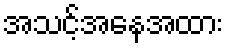
အသင့်အနေအထား